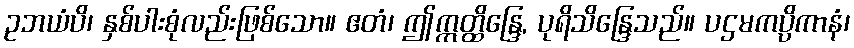
ဥဘယံပိ၊ နှစ်ပါးစုံလည်းဖြစ်သော။ ဧတံ၊ ဤဣတ္ထိန္ဒြေ, ပုရိသိန္ဒြေသည်။ ပဌမကပ္ပိကာနံ၊